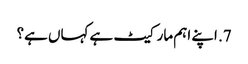
7. اپنے اہم مارکیٹ ہے کہاں ہے؟